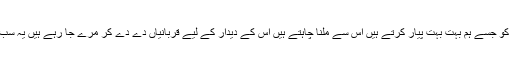
کیا اس اللہ کو جسے ہم بہت بہت پیار کرتے ہیں اس سے ملنا چاہتے ہیں اس کے دیدار کے لیے قربانیاں دے دے کر مرے جا رہے ہیں یہ سب پسند ہے؟